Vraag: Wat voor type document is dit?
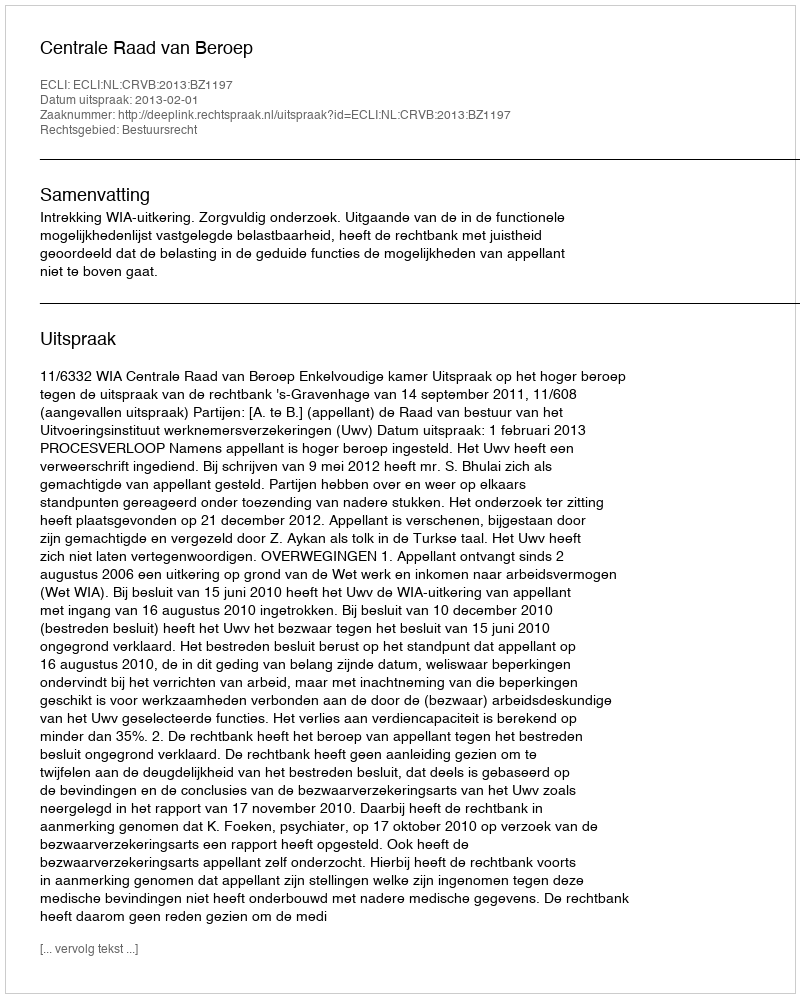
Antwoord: Uitspraak